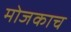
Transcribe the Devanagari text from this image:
मोजकाच